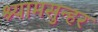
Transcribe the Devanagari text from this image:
श्यामसुन्हर